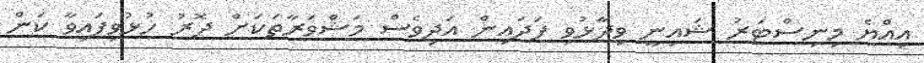
އިއްޔެ މިނިސްޓަރު ޝައިނީ ވިދާޅުވި ފަދައިން އަދިވެސް މަޝްވަރާތަކަށް ދޮރު ހުޅުވިފައިވާ ކަން